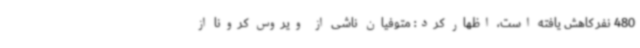
480 نفر کاهش یافته است، اظهار کرد: متوفیان ناشی از ویروس کرونا از